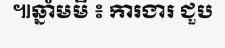
៕ឆ្នាំមមី ៖ ការងារ ជួប